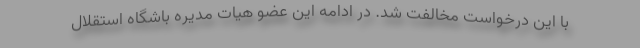
با این درخواست مخالفت شد. در ادامه این عضو هیات مدیره باشگاه استقلال